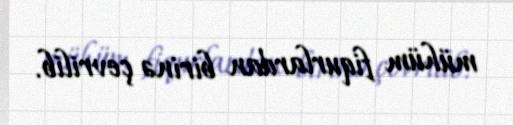
mühüm fiqurlardan birinə çevrilib.